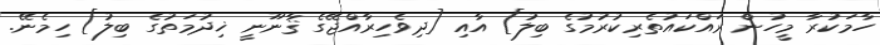
ހާމަކުރާ މީހުން ރައްކައުތެރިކުރުމުގެ ބިލު] އާއި [ދިވެހިރާއްޖޭގެ ޤާނޫނީ ޚިދުމަތުގެ ބިލު] ހިމެނޭ.